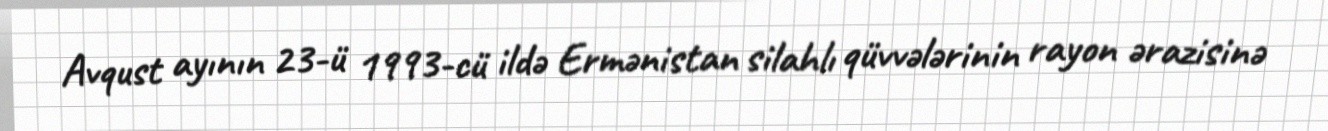
Avqust ayının 23-ü 1993-cü ildə Ermənistan silahlı qüvvələrinin rayon ərazisinə